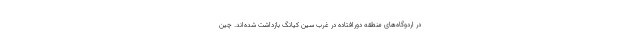
در اردوگاه‌های منطقه دورافتاده در غرب سین کیانگ بازداشت شده‌اند. چین